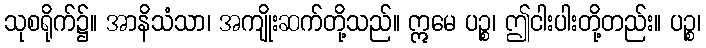
သုစရိုက်၌။ အာနိသံသာ၊ အကျိုးဆက်တို့သည်။ ဣမေ ပဉ္စ၊ ဤငါးပါးတို့တည်း။ ပဉ္စ၊